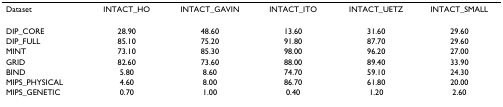
<table><thead><tr><td><b>Dataset</b></td><td><b>INTACT_HO</b></td><td><b>INTACT_GAVIN</b></td><td><b>INTACT_ITO</b></td><td><b>INTACT_UETZ</b></td><td><b>INTACT_SMALL</b></td></tr></thead><tbody><tr><td>DIP_CORE</td><td>28.90</td><td>48.60</td><td>13.60</td><td>31.60</td><td>29.60</td></tr><tr><td>DIP_FULL</td><td>85.10</td><td>75.20</td><td>91.80</td><td>87.70</td><td>29.60</td></tr><tr><td>MINT</td><td>73.10</td><td>85.30</td><td>98.00</td><td>96.20</td><td>27.00</td></tr><tr><td>GRID</td><td>82.60</td><td>73.60</td><td>88.00</td><td>89.40</td><td>33.90</td></tr><tr><td>BIND</td><td>5.80</td><td>8.60</td><td>74.70</td><td>59.10</td><td>24.30</td></tr><tr><td>MIPS_PHYSICAL</td><td>4.60</td><td>8.00</td><td>86.70</td><td>61.80</td><td>20.00</td></tr><tr><td>MIPS_GENETIC</td><td>0.70</td><td>1.00</td><td>0.40</td><td>1.20</td><td>2.60</td></tr></tbody></table>